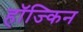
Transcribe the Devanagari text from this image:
हॉज्किन